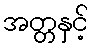
အတ္တနှင့်